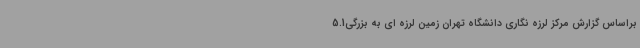
براساس گزارش مرکز لرزه نگاری دانشگاه تهران زمین لرزه ای به بزرگی5.1